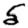
Digit: 5